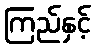
ကြည်နှင့်